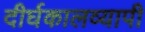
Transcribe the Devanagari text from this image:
दीर्घकालव्यापी